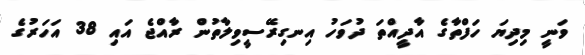
ވަނީ މިދިޔަ ހަފްތާގެ އާދީއްތަ ދުވަހު އިނގިރޭސީވިލާތުން ރާއްޖެ އައި 38 އަހަރުގެ